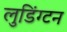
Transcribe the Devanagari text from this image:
लुडिंग्टन